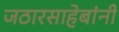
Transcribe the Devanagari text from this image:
जठारसाहेबांनी